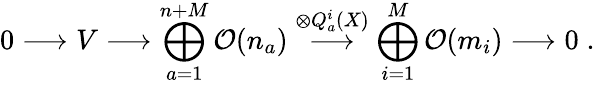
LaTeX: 0\longrightarrow V\longrightarrow\bigoplus_{a=1}^{n+M}{\cal O}(n_{a})\stackrel{\otimes Q_{a}^{i}(X)}{\longrightarrow}\bigoplus_{i=1}^{M}{\cal O}(m_{i})\longrightarrow 0\; .